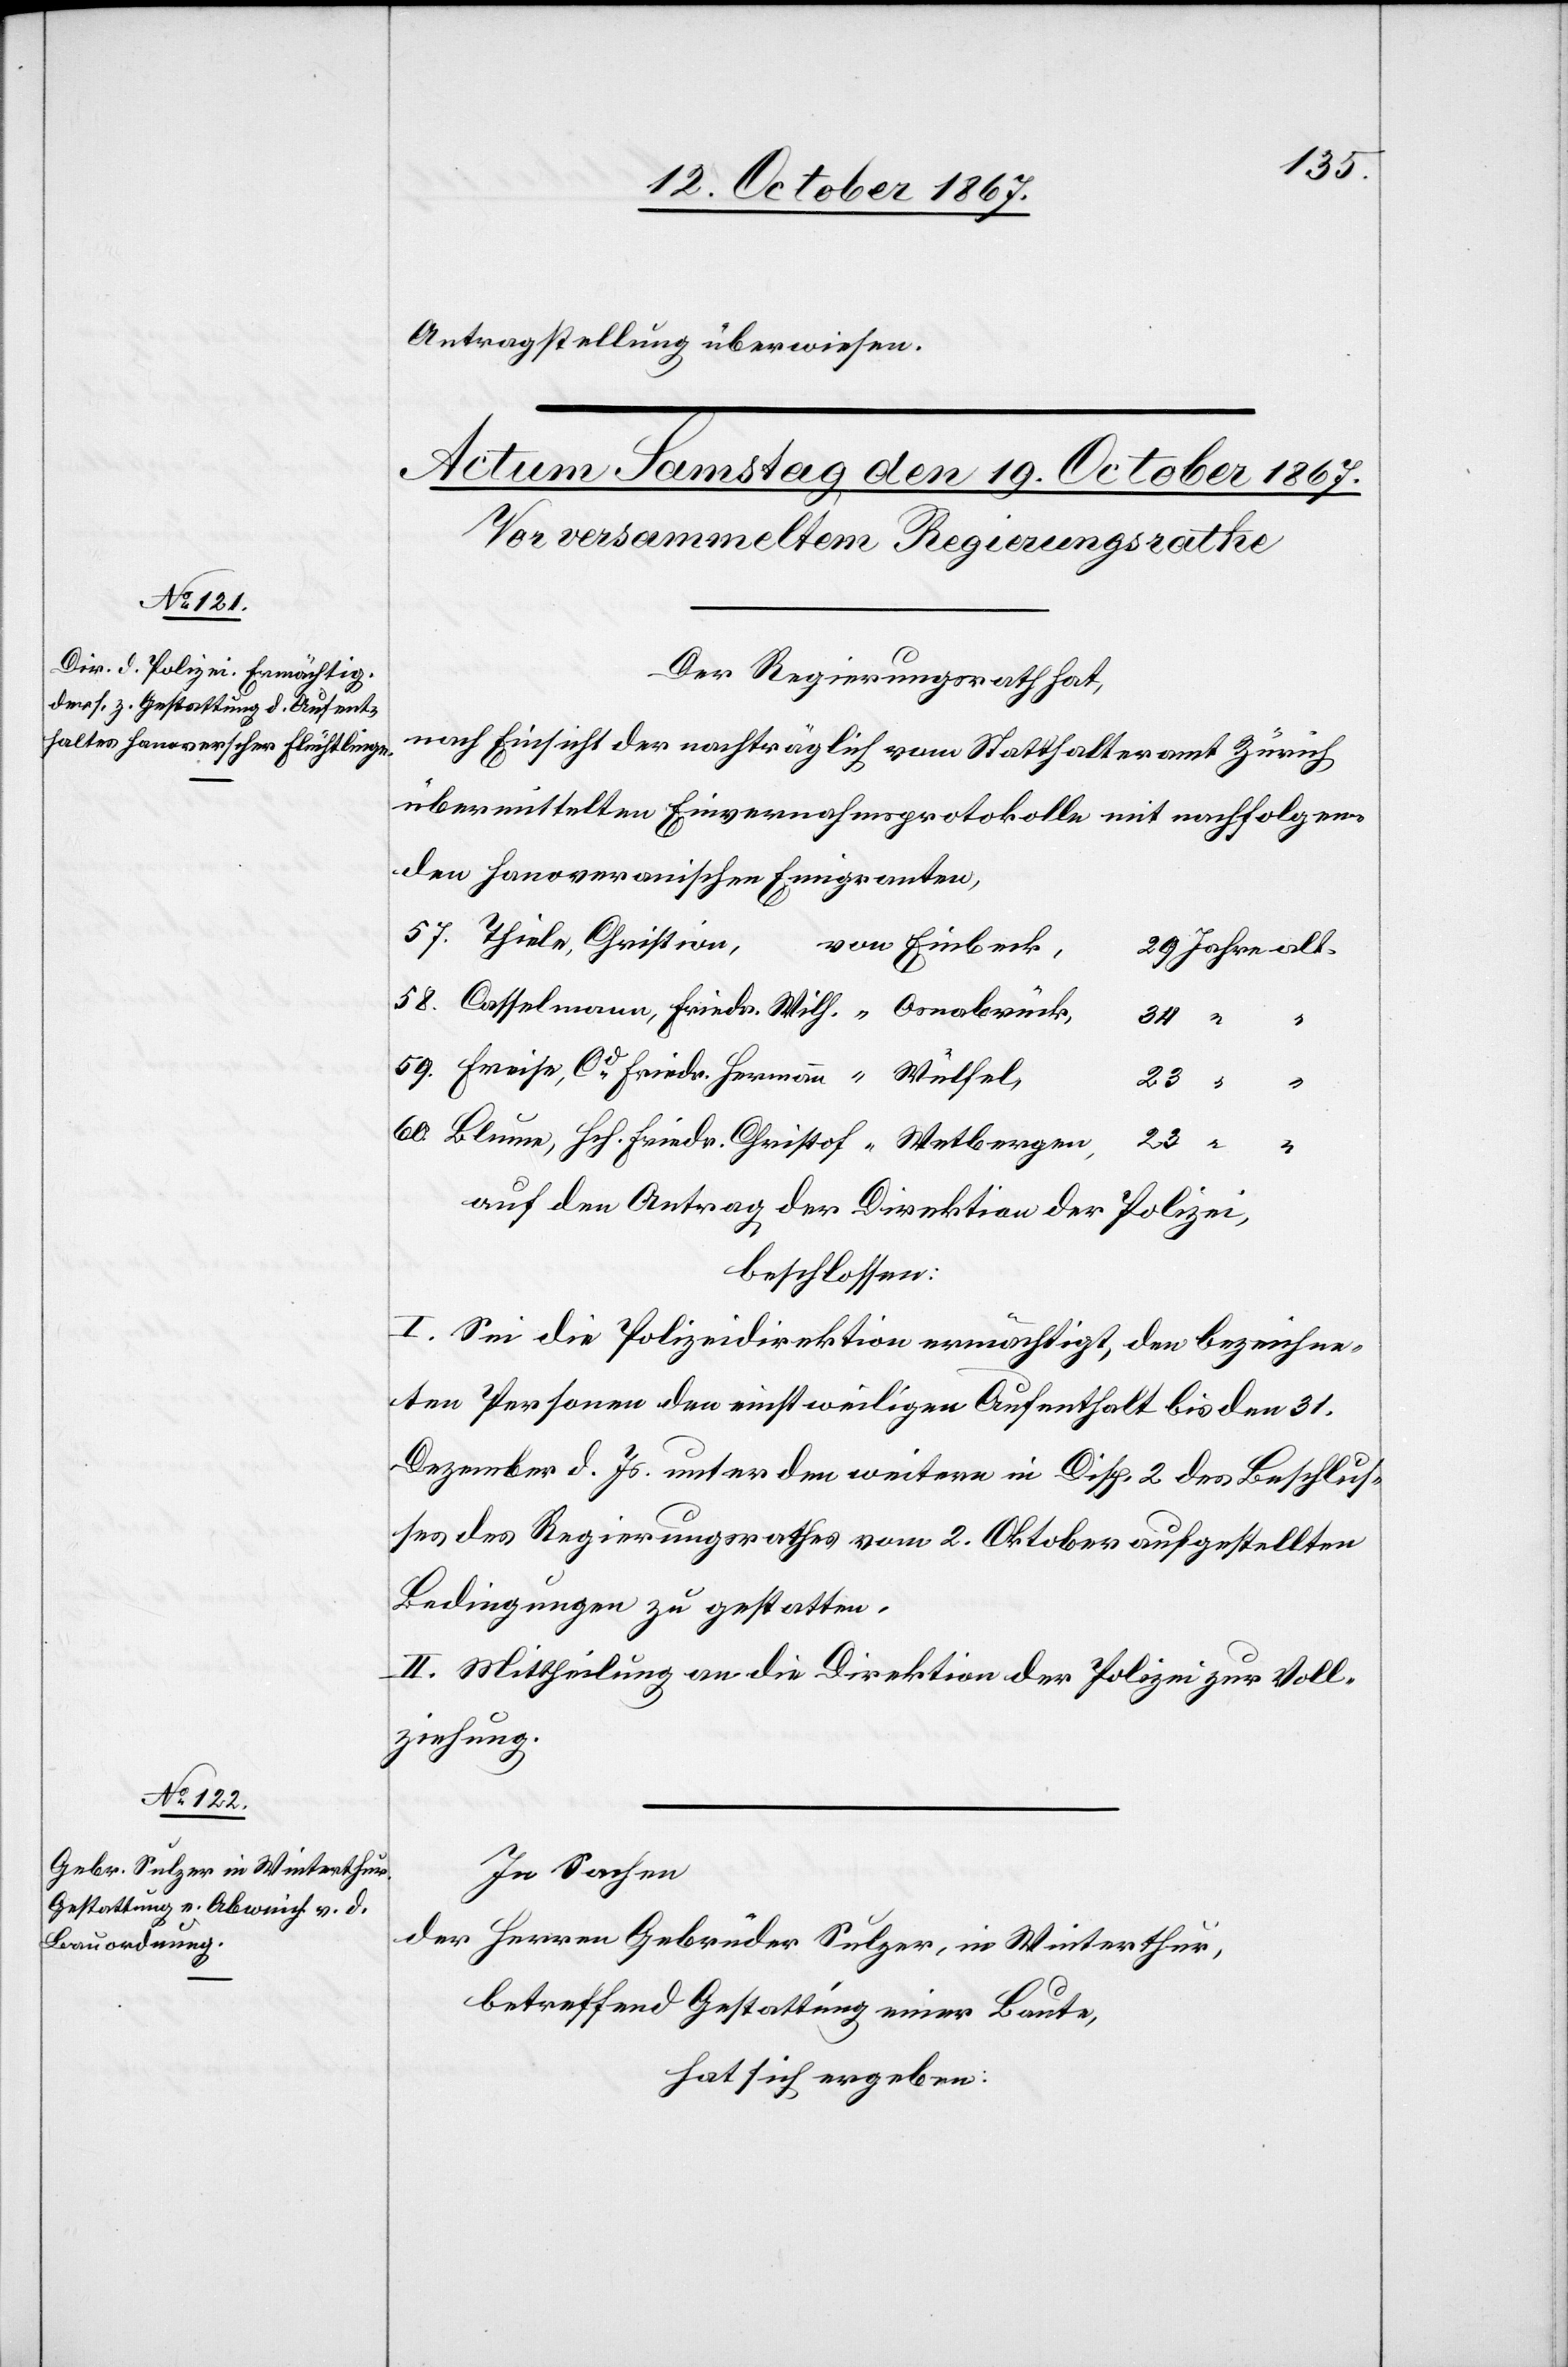
Antragstellung überwiesen.
Der Regierungsrath hat,
nach Einsicht der nachträglich vom Statthalteramt Zürich
übermittelten Einvernahmsprotokolle mit nachfolgen¬
den Hanoveranischen Emigranten,
Thiele, Christian,
60.
23
auf den Antrag der Direktion der Polizei,
beschlossen:
I. Sei die Polizeidirektion ermächtigt, den bezeichne¬
ten Personen den einstweiligen Aufenthalt bis den 31.
Dezember d. Js. unter den weitern in Disp. 2 des Beschlus¬
ses des Regierungsrathes vom 2. Oktober aufgestellten
Bedingungen zu gestatten.
II. Mittheilung an die Direktion der Polizei zur Voll¬
ziehung.
In Sachen
der Herren Gebrüder Sulzer, in Winterthur,
betreffend Gestattung einer Baute,
hat sich ergeben: